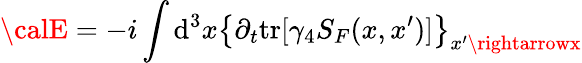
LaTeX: {\calE}=-i\int\mathrm{d}^{3}x\left\{ \partial_{t}\mathrm{{tr}}[\gamma_{4}S_{F}(x,x^{\prime})]\right\} _{x^{\prime}\rightarrowx}